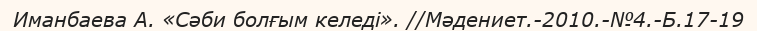
Иманбаева А. «Сәби болғым келеді». //Мәдениет.-2010.-№4.-Б.17-19